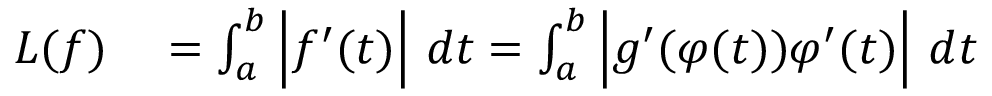
\begin{array} { r l } { L ( f ) } & { { } = \int _ { a } ^ { b } { \Big | } f ^ { \prime } ( t ) { \Big | } \ d t = \int _ { a } ^ { b } { \Big | } g ^ { \prime } ( \varphi ( t ) ) \varphi ^ { \prime } ( t ) { \Big | } \ d t } \end{array}